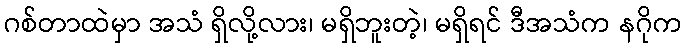
ဂစ်တာထဲမှာ အသံ ရှိလို့လား၊ မရှိဘူးတဲ့၊ မရှိရင် ဒီအသံက နဂိုက